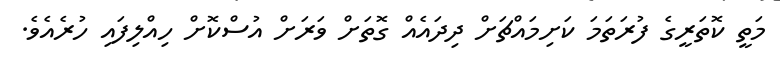
މަތީ ކޮތަރީގެ ފުރަތަމަ ކަށިމައްޗަށް ދިދައެއް ގޮތަށް ވަރަށް އުސްކޮށް ހިއްލިފައި ހުރެއެވެ.